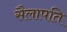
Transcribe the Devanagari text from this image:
सैलापति